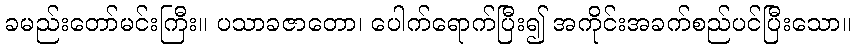
ခမည်းတော်မင်းကြီး။ ပသာခဇာတော၊ ပေါက်ရောက်ပြီး၍ အကိုင်းအခက်စည်ပင်ပြီးသော။